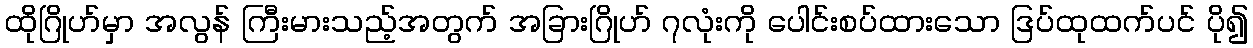
ထိုဂြိုဟ်မှာ အလွန် ကြီးမားသည့်အတွက် အခြားဂြိုဟ် ၇လုံးကို ပေါင်းစပ်ထားသော ဒြပ်ထုထက်ပင် ပို၍